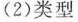
(2)类型